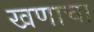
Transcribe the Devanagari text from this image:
खणाचा